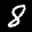
Label: 8